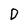
Character: D